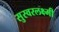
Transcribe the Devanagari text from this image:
सुस्वरलक्ष्मी